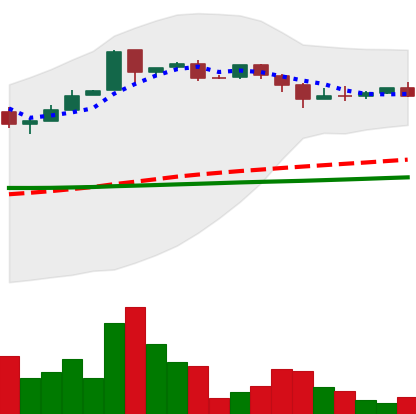
Ticker: DOGE-USD
Chart end date: 2018-09-24
Forward return: 3.312%
Label: up_3_5